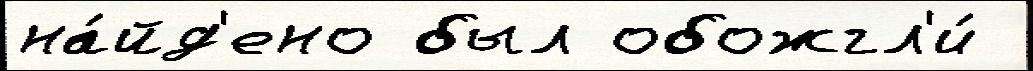
на́йд'ено был обожгл'и́